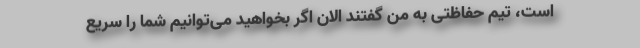
است، تیم حفاظتی به من گفتند الان اگر بخواهید می‌توانیم شما را سریع